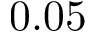
0 . 0 5